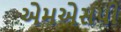
એમએસપી